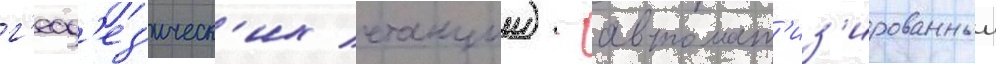
г'еод'ез'ическ'их станции) - автомат'из'ированныи